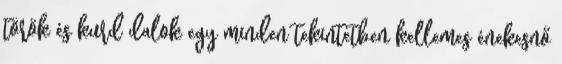
török és kurd dalok egy minden tekintetben kellemes énekesnő